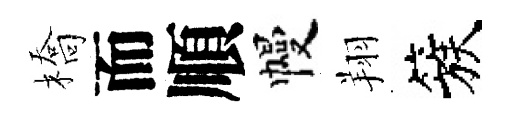
橋而順幔翔簇